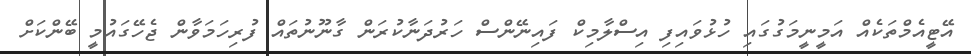
އޭޓީއެމްތަކެއް އަމީނީމަގުގައި ހުޅުވައިފި އިސްލާމިކް ފައިނޭންސް ހަރުދަނާކުރަން ގާނޫނުތައް ފުރިހަމަވާން ޖެހޭގައުމީ ބޭންކަށް